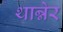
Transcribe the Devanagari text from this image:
थान्नेर